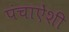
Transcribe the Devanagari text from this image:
पंचाऐंशी